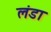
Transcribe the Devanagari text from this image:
लंडा